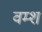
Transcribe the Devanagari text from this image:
वम्श